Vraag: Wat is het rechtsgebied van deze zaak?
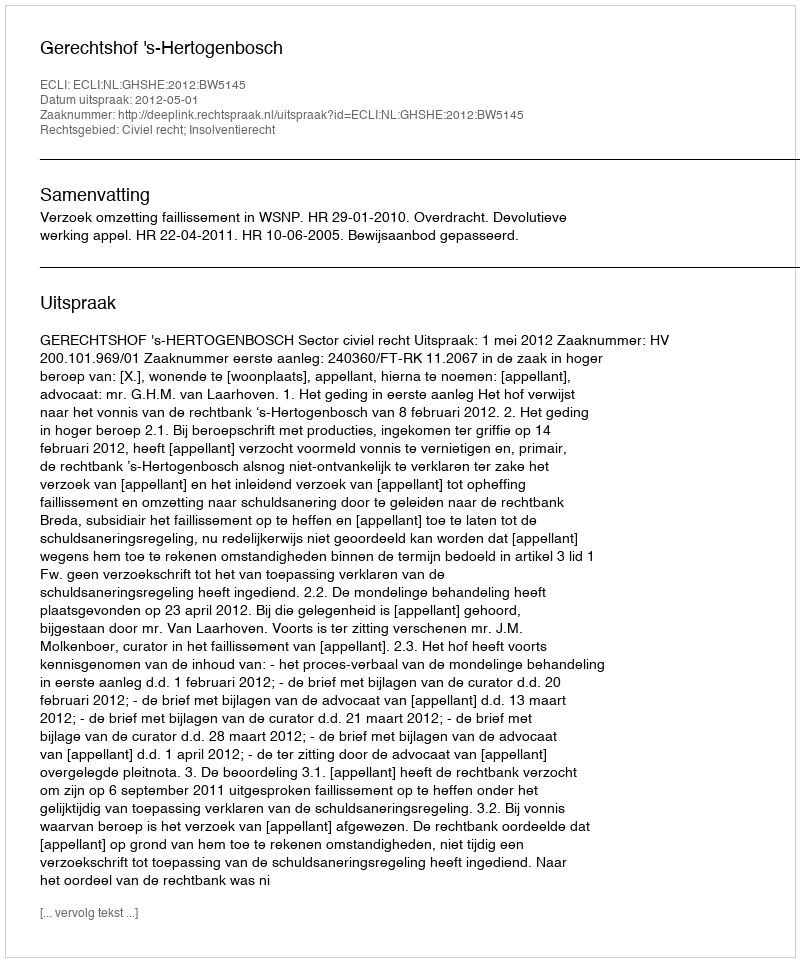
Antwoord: Civiel recht; Insolventierecht